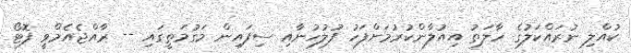
ކުއްލި ނުރައްކަލުގެ ހާލަތު އިއުލާންކުރުމަށްފަހު ފުލުހުނާއި ސިފައިން މަގުމަތީގައި -- ރާއްޖެއެމްވީ ފޮޓޯ